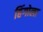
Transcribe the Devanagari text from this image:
हिंगोला